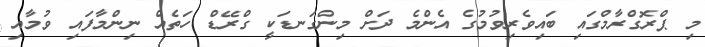
މި ޕްރޮގްރާމްގައި ބައިވެރިވުމުގެ އެންމެ ދަށް މިންގަނޑަކީ ގްރޭޑް ހަތެއް ނިންމާފައި ވުމާއި